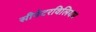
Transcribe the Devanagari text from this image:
सीनेटरविलियम